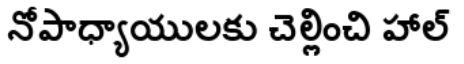
నోపాధ్యాయులకు చెల్లించి హాల్